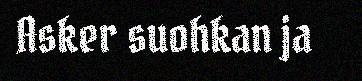
Asker suohkan ja